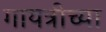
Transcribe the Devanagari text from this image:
गायत्रीच्या